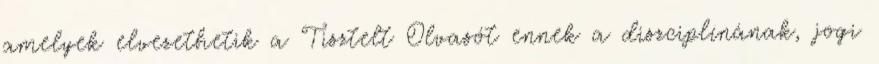
amelyek elvezethetik a Tisztelt Olvasót ennek a diszciplínának, jogi